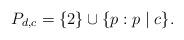
LaTeX: \begin{align*} P_{d,c} = \{2 \} \cup \{ p : p \mid c \}.\end{align*}